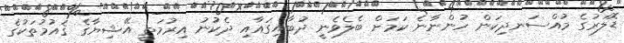
ޑޮލަރުގެ މުއްސަނދިކަން ހުންނާނެ ކަމަށް ބެލެވެނީ ދުބާއިގައާއި ދެކުނު އިރުމަތީ އޭޝިޔާގެ ޤައުމުތަކުގެ